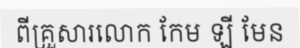
ពីគ្រួសារលោក កែម ឡី មែន